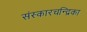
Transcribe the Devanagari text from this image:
संस्कारचन्द्रिका